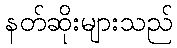
နတ်ဆိုးများသည်